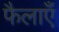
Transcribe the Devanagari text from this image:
फैलाएँ